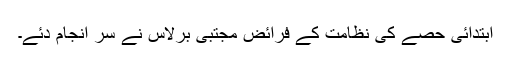
ابتدائی حصے کی نظامت کے فرائض مجتبیٰ برلاس نے سر انجام دئے۔